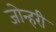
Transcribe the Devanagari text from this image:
जोन्हरी